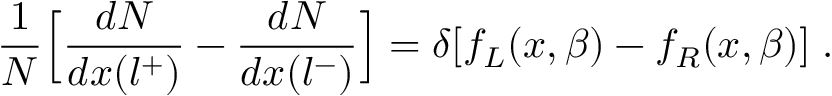
{ \frac { 1 } { N } } \Bigl [ { \frac { d N } { d x ( l ^ { + } ) } } - { \frac { d N } { d x ( l ^ { - } ) } } \Bigr ] = \delta [ f _ { L } ( x , \beta ) - f _ { R } ( x , \beta ) ] \; .